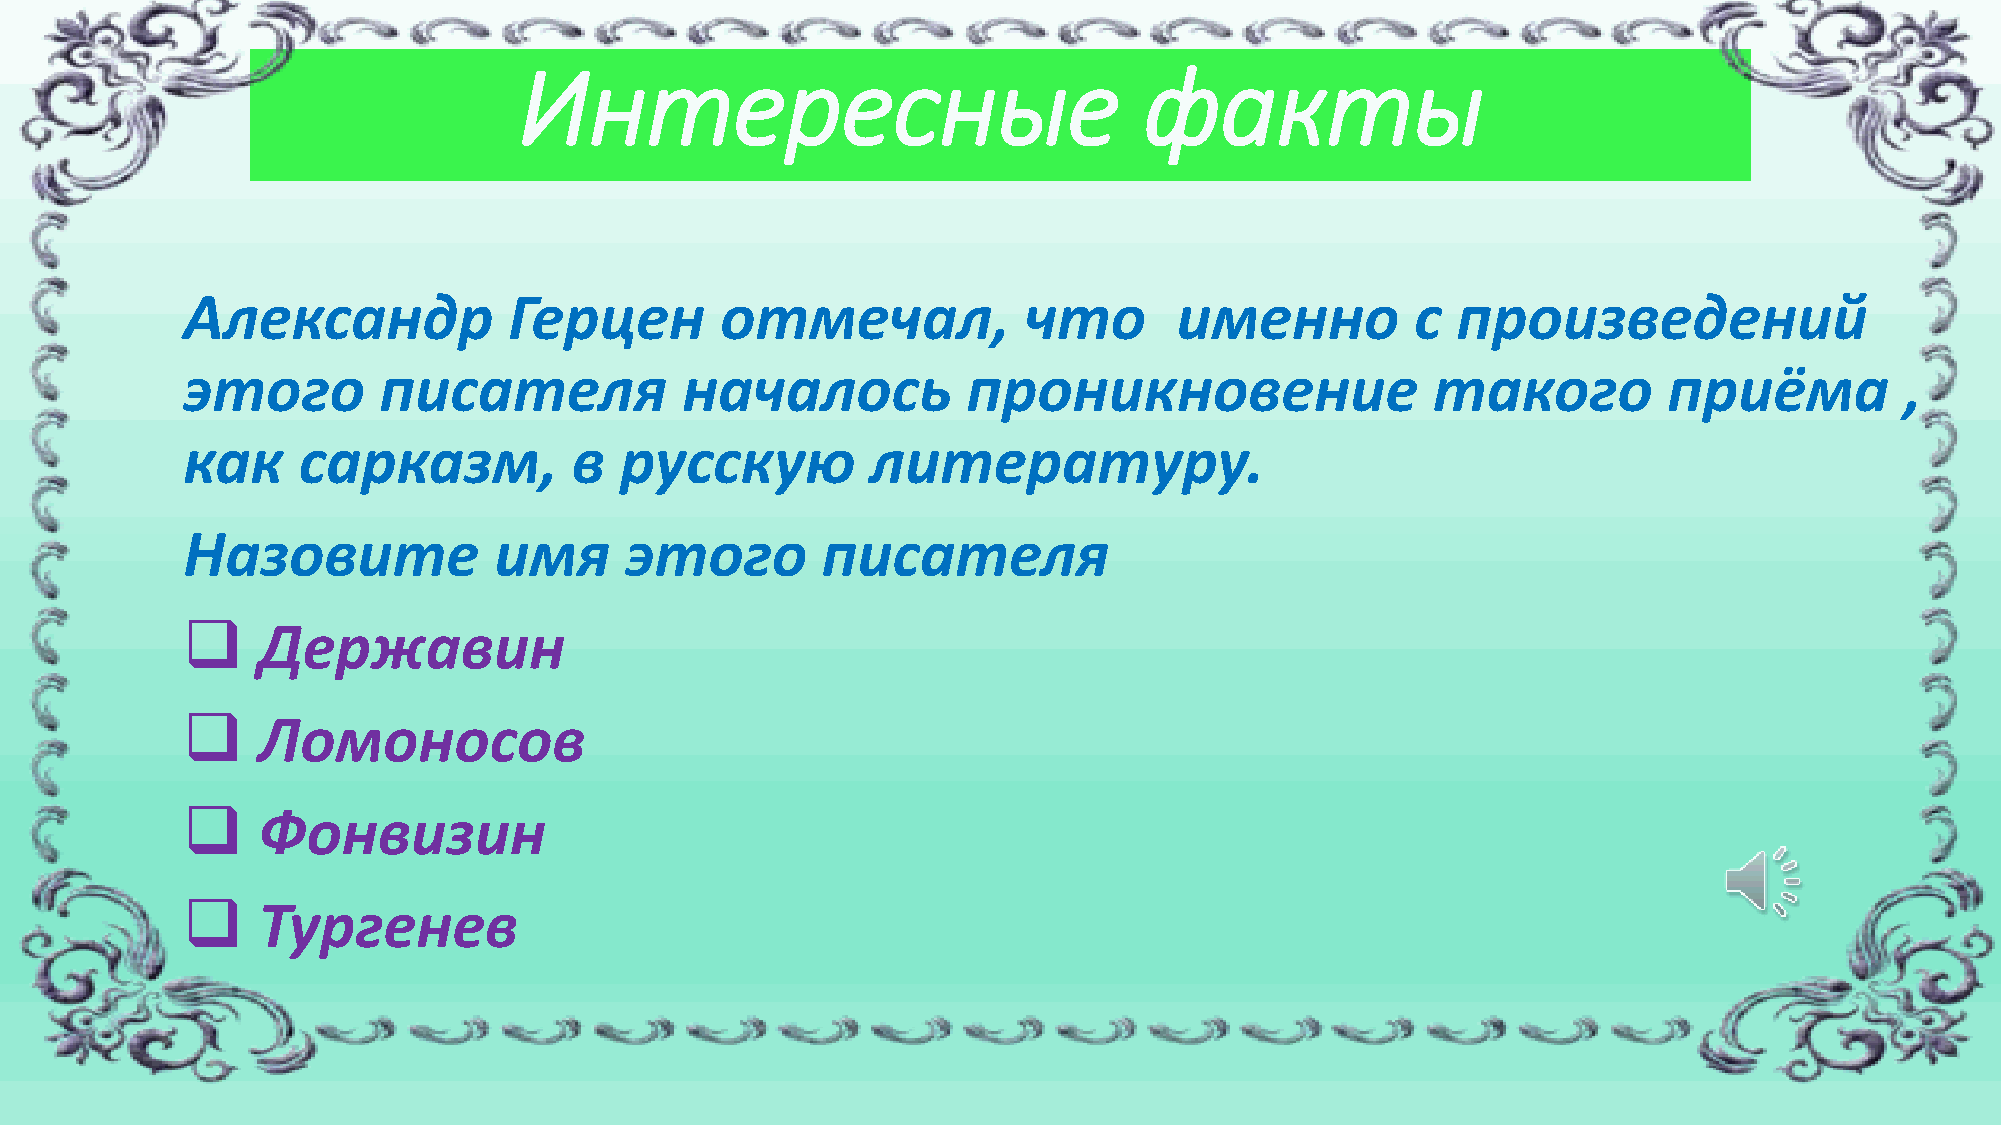
Интересные                                факты
 Александр             Герцен        отмечал,            что       именно          с произведений
 этого        писателя            началось           проникновение                  такого         приёма          ,
 как     сарказм,          в  русскую          литературу.
 Назовите             имя     этого        писателя
 ❑    Державин
 ❑    Ломоносов
 ❑    Фонвизин
 ❑    Тургенев